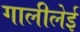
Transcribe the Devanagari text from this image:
गालीलेई